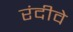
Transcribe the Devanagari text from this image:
रंदीवे